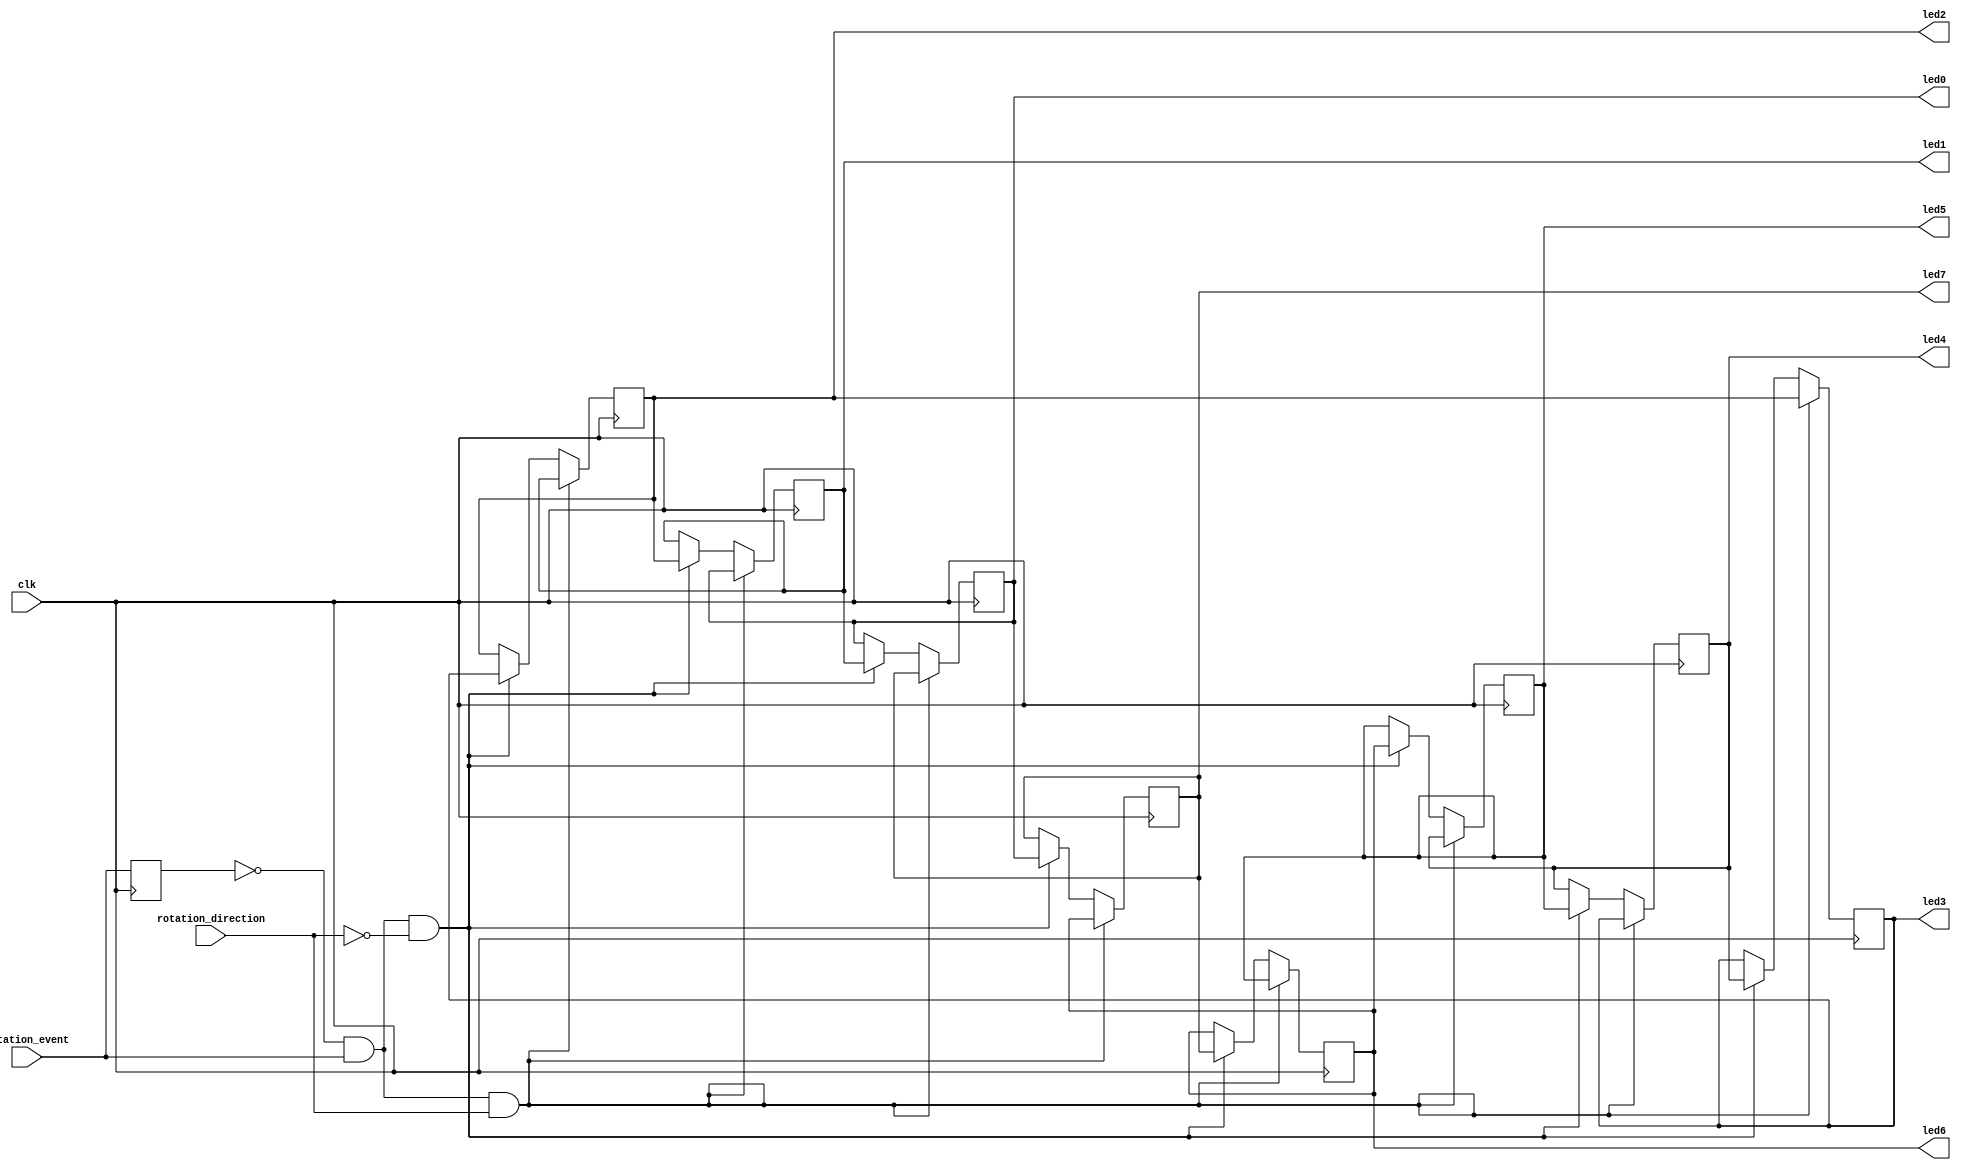
`timescale 1ns / 1ps
//////////////////////////////////////////////////////////////////////////////////
// Company: 
// Engineer: 
// 
// Design Name: 
// Module Name:    rotary1 
// Project Name: 
// Target Devices: 
// Tool versions: 
// Description: 
//
// Dependencies: 
//
// Revision: 
// Revision 0.01 - File Created
// Additional Comments: 
//
//////////////////////////////////////////////////////////////////////////////////
module rotary1(clk, rotation_event, rotation_direction,led0, led1, led2, led3, led4, led5, led6, led7
    );
output led0, led1, led2, led3, led4, led5, led6, led7;
reg led1, led2, led3, led4, led5, led6, led7;
reg led0=1;
input clk, rotation_event, rotation_direction;
reg prev_rotation_event=1'b1;

 always @(posedge clk) begin
   prev_rotation_event <= rotation_event;
     if (prev_rotation_event==0 && rotation_event==1 && rotation_direction==1) begin
     led1 <= led0;
     led2 <= led1;
     led3 <= led2;
     led4 <= led3;
     led5 <= led4;
     led6 <= led5;
     led7 <= led6;
     led0 <= led7;
     end
 else if(prev_rotation_event==0 && rotation_event==1 && rotation_direction==0) begin
 led0 <= led1;
     led1 <= led2;
     led2 <= led3;
     led3 <= led4;
     led4 <= led5;
     led5 <= led6;
     led6 <= led7;
     led7 <= led0;
 end
 end

endmodule